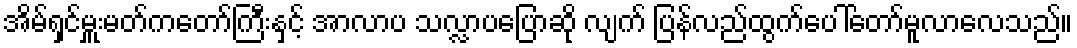
အိမ်ရှင်မှူးမတ်ကတော်ကြီးနှင့် အာလာပ သလ္လာပပြောဆို လျက် ပြန်လည်ထွက်ပေါ်တော်မူလာလေသည်။